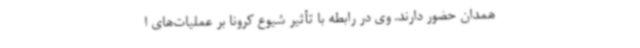
همدان حضور دارند. وی در رابطه با تأثیر شیوع کرونا بر عملیات‌های ا